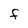
Character: F